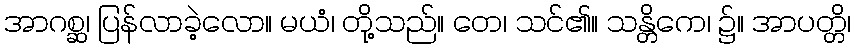
အာဂစ္ဆ၊ ပြန်လာခဲ့လော။ မယံ၊ တို့သည်။ တေ၊ သင်၏။ သန္တိကေ၊ ၌။ အာပတ္တိ၊